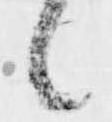
候